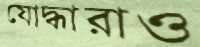
যোদ্ধারাও